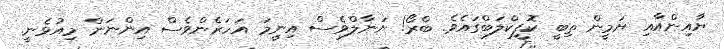
ޔާުއިންއާއި ޔަމީން ތިބީ ކޮފީކްލަބްގައެވެ. ބްރޯ! ޔަނާލްވެސް އިނީމަ އަހަރެންވެސް އިންނަން މިއުޅެނީ.